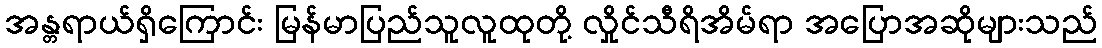
အန္တရာယ်ရှိကြောင်း မြန်မာပြည်သူလူထုတို့ လှိုင်သီရိအိမ်ရာ အပြောအဆိုများသည်